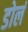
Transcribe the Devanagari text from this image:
डोलं